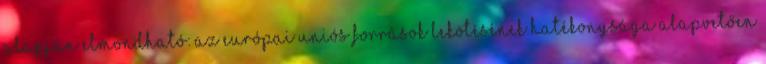
alapján elmondható: az európai uniós források lekötésének hatékonysága alapvetően